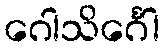
ဂေါသိင်္ဂေါ